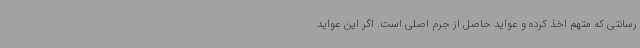
رسانتی که متهم اخذ کرده و عواید حاصل از جرم اصلی است. اگر این عواید